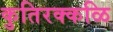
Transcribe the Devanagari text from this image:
कुतिरक्कळि